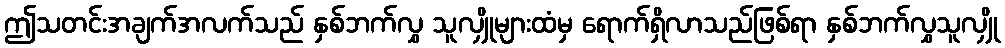
ဤသတင်းအချက်အလက်သည် နှစ်ဘက်လွှ သူလျှိုများထံမှ ရောက်ရှိလာသည်ဖြစ်ရာ နှစ်ဘက်လွှသူလျှို